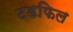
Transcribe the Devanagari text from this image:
टडफिल